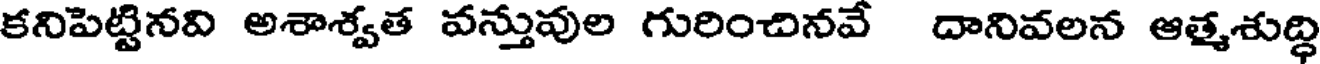
కనిపెట్టినవి అశాశ్వత వన్తువుల గురించినవే దానివలన ఆత్మశుద్ధి